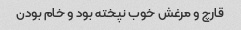
قارچ و مرغش خوب نپخته بود و خام بودن